Report of the Indian Hemp Drugs Commission, 1894-1895 - Volume I
Year: 1894
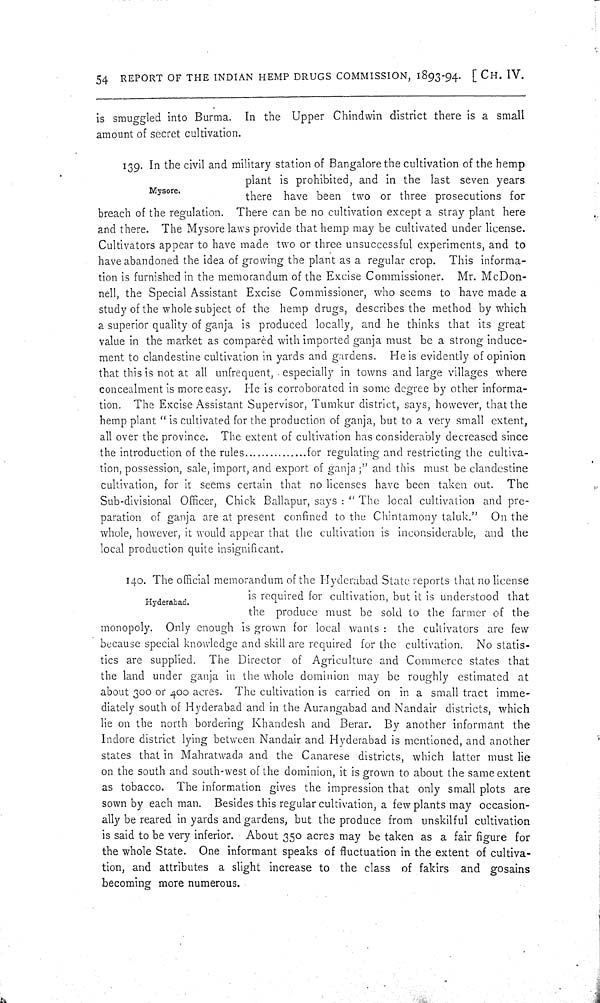
54 REPORT OF THE INDIAN HEMP DRUGS COMMISSION, 1893-94. [CH. IV.
is smuggled into Burma. In the Upper Chindwin district there is a small
amount of secret cultivation.
Mysore.
139. In the civil and military station of Bangalore the cultivation of the hemp
plant is prohibited, and in the last seven years
there have been two or three prosecutions for
breach of the regulation. There can be no cultivation except a stray plant here
and there. The Mysore laws provide that hemp may be cultivated under license.
Cultivators appear to have made two or three unsuccessful experiments, and to
have abandoned the idea of growing the plant as a regular crop. This informa-
tion is furnished in the memorandum of the Excise Commissioner. Mr. McDon-
nell, the Special Assistant Excise Commissioner, who seems to have made a
study of the whole subject of the hemp drugs, describes the method by which
a superior quality of ganja is produced locally, and he thinks that its great
value in the market as compared with imported ganja must be a strong induce-
ment to clandestine cultivation in yards and gardens. He is evidently of opinion
that this is not at all unfrequent, especially in towns and large villages where
concealment is more easy. He is corroborated in some degree by other informa-
tion. The Excise Assistant Supervisor, Tumkur district, says, however, that the
hemp plant "is cultivated for the production of ganja, but to a very small extent,
all over the province. The extent of cultivation has considerably decreased since
the introduction of the rules...............for regulating and restricting the cultiva-
tion, possession, sale, import, and export of ganja;" and this must be clandestine
cultivation, for it seems certain that no licenses have been taken out. The
Sub-divisional Officer, Chick Ballapur, says: "The local cultivation and pre-
paration of ganja are at present confined to the Chintamony taluk." On the
whole, however, it would appear that the cultivation is inconsiderable, and the
local production quite insignificant.
Hyderabad.
140. The official memorandum of the Hyderabad State reports that no license
is required for cultivation, but it is understood that
the produce must be sold to the farmer of the
monopoly. Only enough is grown for local wants: the cultivators are few
because special knowledge and skill are required for the cultivation. No statis-
tics are supplied. The Director of Agriculture and Commerce states that
the land under ganja in the whole dominion may be roughly estimated at
about 300 or 400 acres. The cultivation is carried on in a small tract imme-
diately south of Hyderabad and in the Aurangabad and Nandair districts, which
lie on the north bordering Khandesh and Berar. By another informant the
Indore district lying between Nandair and Hyderabad is mentioned, and another
states that in Mahratwada and the Canarese districts, which latter must lie
on the south and south-west of the dominion, it is grown to about the same extent
as tobacco. The information gives the impression that only small plots are
sown by each man. Besides this regular cultivation, a few plants may occasion-
ally be reared in yards and gardens, but the produce from unskilful cultivation
is said to be very inferior. About 350 acres may be taken as a fair figure for
the whole State. One informant speaks of fluctuation in the extent of cultiva-
tion, and attributes a slight increase to the class of fakirs and gosains
becoming more numerous.